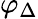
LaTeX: \varphi_{\Delta}